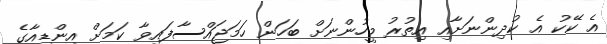
އެ ކޭކު އެ ކުދިންނަށާއި އިތުރު މީހުންނަށް ބަހަން ހަމަޖައްސާފައިވާ ކަމަށް އިންޑިއާގެ